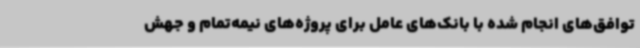
توافق‌های انجام شده با بانک‌های عامل برای پروژه‌های نیمه‌تمام و جهش